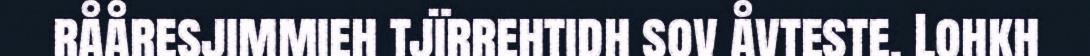
rååresjimmieh tjïrrehtidh sov åvteste. Lohkh